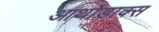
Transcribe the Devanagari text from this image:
आर्थोडाक्स